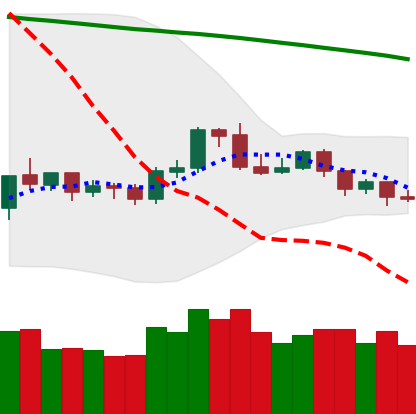
Ticker: ETH-USD
Chart end date: 2019-10-19
Forward return: -6.214%
Label: down_5_7